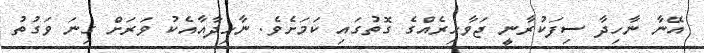
އޭނާ ނާހިދާ ސިފަކުރާނީ ޖަވާހިރެއްގެ ގޮތުގައި ކަމަށެވެ. ނާހިދާއާއެކު ވަރަށް ގިނަ ވަގުތު